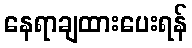
နေရာချထားပေးရန်